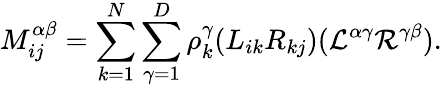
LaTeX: M_{ij}^{\alpha\beta}=\sum_{k=1}^{N}\sum_{\gamma=1}^{D}\rho_{k}^{\gamma}(L_{ik}R_{kj})(\mathcal{L}^{\alpha\gamma}\mathcal{R}^{\gamma\beta}).